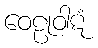
ဝေဠုဝါဋံ